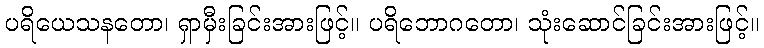
ပရိယေသနတော၊ ရှာမှီးခြင်းအားဖြင့်။ ပရိဘောဂတော၊ သုံးဆောင်ခြင်းအားဖြင့်။